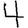
Digit: 4